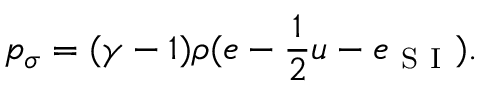
p _ { \sigma } = ( \gamma - 1 ) \rho ( e - \frac { 1 } { 2 } u - e _ { \mathrm { ~ S ~ I ~ } } ) .